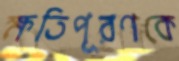
ক্ষতিপূরণকে